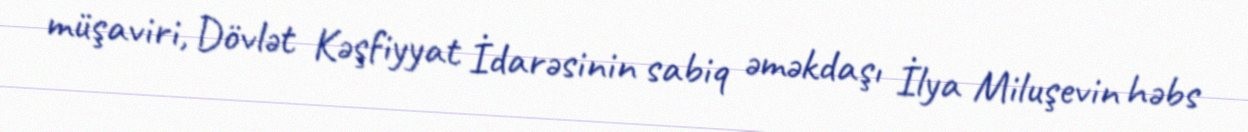
müşaviri, Dövlət Kəşfiyyat İdarəsinin sabiq əməkdaşı İlya Miluşevin həbs